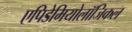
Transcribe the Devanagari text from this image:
एपिडेमियोलॉजिकल